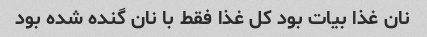
نان غذا بیات بود کل غذا فقط با نان گنده شده بود